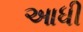
આધી